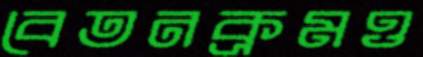
বেতনক্রমও